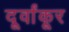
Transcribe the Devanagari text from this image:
दूर्वांकूर